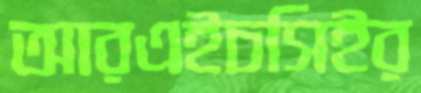
আরএইচসিইর